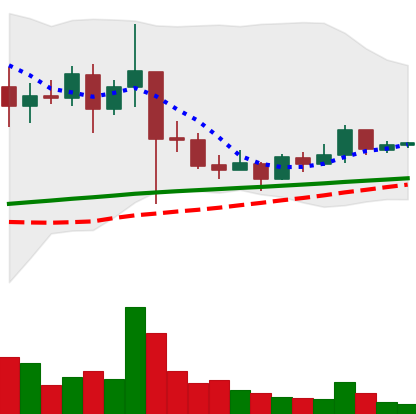
Ticker: XRP-USD
Chart end date: 2021-03-07
Forward return: -5.512%
Label: down_5_7